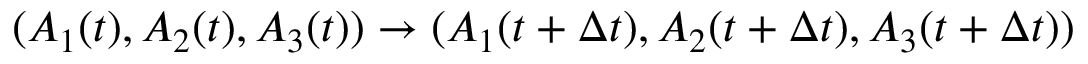
( A _ { 1 } ( t ) , A _ { 2 } ( t ) , A _ { 3 } ( t ) ) \rightarrow ( A _ { 1 } ( t + \Delta t ) , A _ { 2 } ( t + \Delta t ) , A _ { 3 } ( t + \Delta t ) )